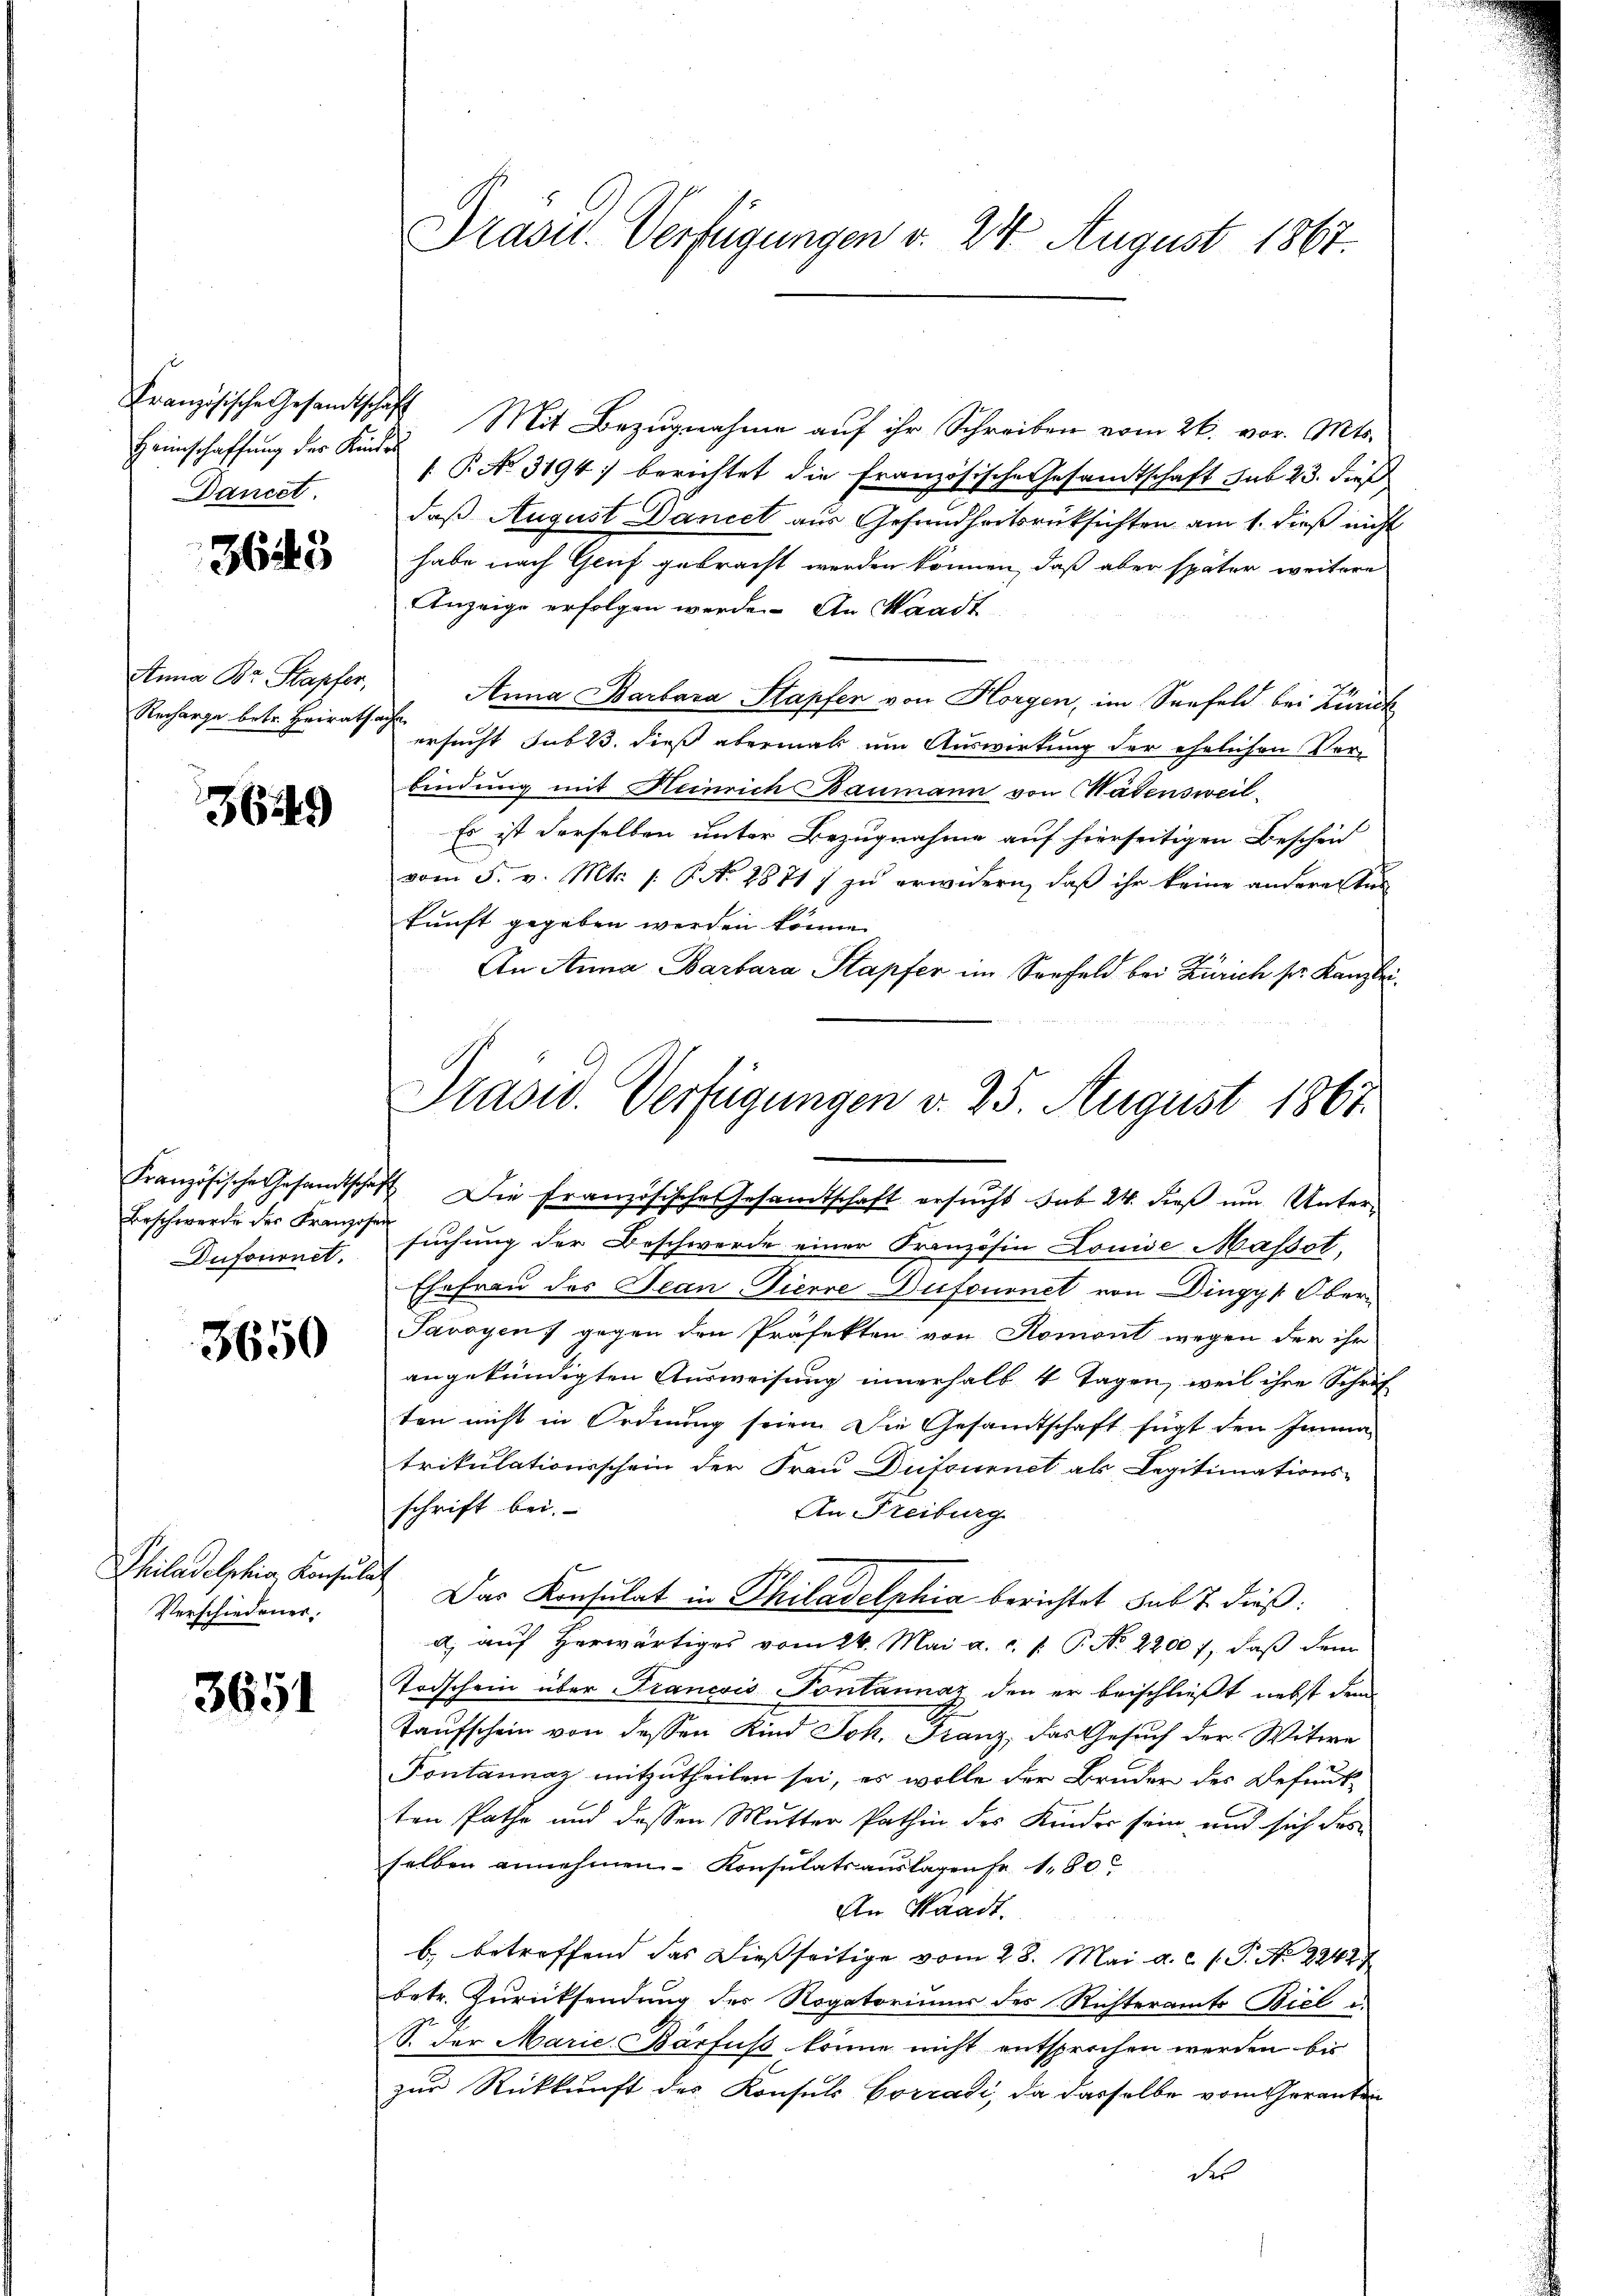
Heimschaffung des Kinder
Dancet.

3645

Anna Br. Stapfer,
Recharge betr. Heirath

36249)

Dufournet.

3650

Philadelphia, Konsulat
Verschiedener.

3651

Drasu. Verfügungen v. 24 August 1867.

Französische Gesandtschaft Mit Bezugnahme auf ihr Schreiben vom 26. vor. Mts.
 P. No. 3194) berichtet die französische Gesamtschaft sub 23. dieß
daß August Dancet aus Gesundheitsrücksichten am 1. dieß nicht
habe nach Gruf gebracht werden können, daß aber später weitere
Anzeige erfolgen werde. An Standt
Anna Barbara Stapfen von Horgen, im Seefeld bei Burck
u
ersucht sub 23. dieß abermak um Auswirkung der ehelichen Ver-
bindung mit Heinrich Baumann von Wädensweil
Es ist derselben unter Bezugnahme auf hierseitigen Bescheid
vom 5. v. Mts. /: P. N. 28717 zu erwidern, daß ihr keine anderettun
kunft gegeben werden könne.
An Anna Barbara Stapfer im Seefeld bei Zürich sr. Kanzlei¬

Prasw. Verfügungen v. 25. August 1867.
Französische Gesandtschaft Die Französische Gesamtschaft ersucht sub 24. dieß um Unter¬

Beschwerde des Franzosen suchung der Beschwerde einer Französin Louise Masset,
Ehefrau des Jean Pierre-Dufournet von Dingyk Ober¬
Savoyens gegen den Präfekten von Romont wegen der ihr
angekündigten Ausweisung innerhalb 4 Tagen, weil ihre Schrif
ten nicht in Ordnung seien. Die Gesamtschaft fügt den Immatrikulationsschein der Frau Dufournet als Legitimations-
schrift bei.
An Freiburg
Das Konsulat in Philadelphia berichtet sub 7. dieß:
a) auf herwärtiges vom 24. Mai a. c. p. P. Nr. 22001, daß dem
Todschein über Francois Pontannaz den er beischließt nebst dem
Taufschein von dessen Kind Joh. Franz, das Gesuch der Witwe
Pontannaz mitzutheilen sei, es wolle der Bruder des Befundtten Pathe und dessen Mutter Pathin des Kruder sein und sich das
selben annehmen Konsulatsauslagene 1,80
An Waadt.
b. betreffend das dießseitige vom 28. Mai a.c. s. S. N. 2244
betr. Zurücksendung des Rogatoriums des Richteramts Biel u.
S. der Marie-Bärfuss könne nicht entsprochen werden bis
zur Rückkunft des Konsuls Corradi, da dasselbe vom Geranten
des